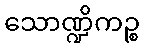
သောဏ္ဍိကဉ္စ